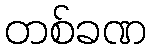
တစ်ခဏ